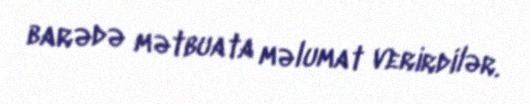
barədə mətbuata məlumat verirdilər.